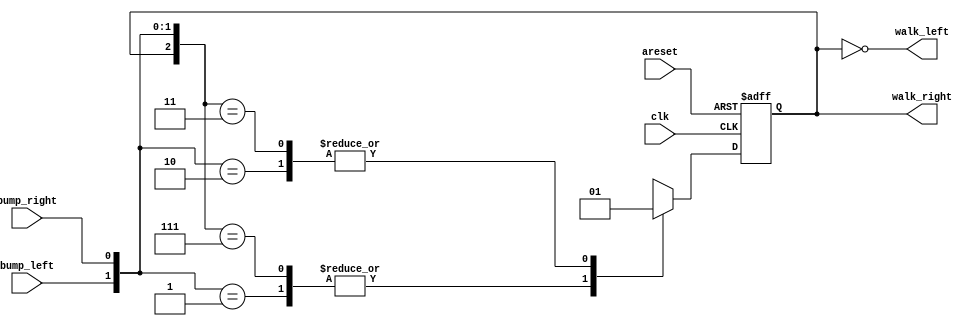
module top_module(
    input clk,
    input areset,    // Freshly brainwashed Lemmings walk left.
    input bump_left,
    input bump_right,
    output walk_left,
    output walk_right); //  
    
     
    parameter LEFT= 1'b0, RIGHT=1'b1;
    reg state, next_state;

    always @(*) begin
        casex({state, bump_left, bump_right}) 
           	3'bx01: next_state = 1'b0;//if bumbed right, walk left
            3'bx10: next_state = 1'b1; //if bumbed left, walk right 
            3'b111: next_state = 1'b0;//if double bumbed and in right, walk left
            3'b011: next_state = 1'b1;//if double bumbed and in left, walk right
           	default: next_state = 1'bx;
        endcase
       
     end
    
     always @(posedge clk, posedge areset) begin
         if(areset == 1'b1)
             state <= 1'b0;
         else
             state <= next_state;
    end
    

    // Output logic
    assign walk_left = ~state;
    assign walk_right = state;

endmodule